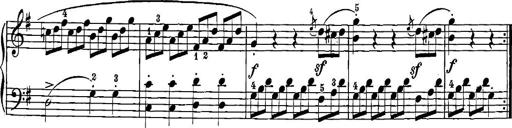
Title: 12 Sonatinas
Composer: Ignaz Pleyel